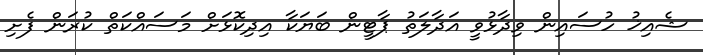
ޝެއިޚު ހުސައިން ވިދާޅުވީ އަދާލަތު ޕާޓީން ބަޔަކާ އިދިކޮޅަށް މަސައްކަތް ކުރަން ފެށި